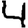
Digit: 4